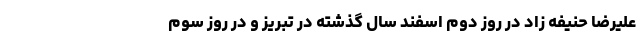
علیرضا حنیفه زاد در روز دوم اسفند سال گذشته در تبریز و در روز سوم